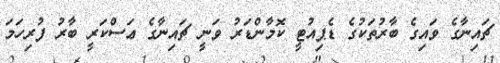
ޗައިނާގެ ވައިގެ ބާރުތަކުގެ ޑެޕިއުޓީ ކޮމާންޑަރު ވަނީ ޗައިނާގެ ޢަސްކަރީ ބާރު ފުރިހަމަ